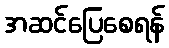
အဆင်ပြေစေရန်